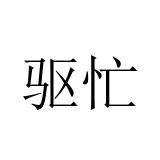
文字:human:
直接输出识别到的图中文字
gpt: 驱忙